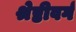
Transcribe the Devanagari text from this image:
श्रेष्ठीवर्ग